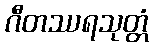
ဂီတဿရသုတ္တံ